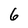
Character: 6